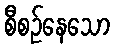
စီစဉ်နေသော